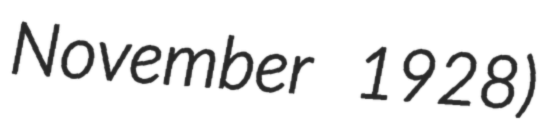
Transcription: November 1928)